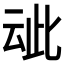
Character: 𬽁